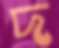
দ